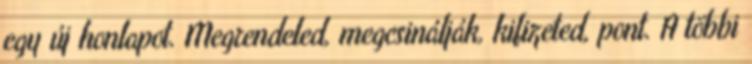
egy új honlapot. Megrendeled, megcsinálják, kifizeted, pont. A többi